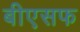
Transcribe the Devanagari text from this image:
बीएसफ